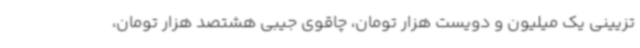
تزیینی یک میلیون و دویست هزار تومان، چاقوی جیبی هشتصد هزار تومان،